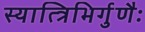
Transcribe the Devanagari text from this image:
स्यात्त्रिभिर्गुणैः